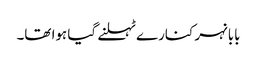
بابا نہر کنارے ٹہلنے گیا ہوا تھا۔